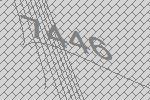
7446